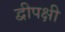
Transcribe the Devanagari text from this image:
द्वीपक्षी